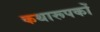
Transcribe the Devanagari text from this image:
कथारूपकों